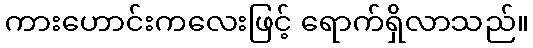
ကားဟောင်းကလေးဖြင့် ရောက်ရှိလာသည်။